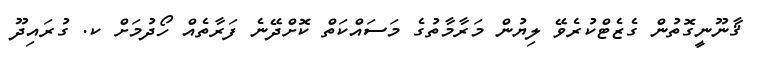
ޤާނޫނީގޮތުން ގެޒެޓްކުރެވޭ ލިޔުން މަރާމާތުގެ މަސައްކަތް ކޮށްދޭނެ ފަރާތެއް ހޯދުމަށް ކ. ގުރައިދޫ